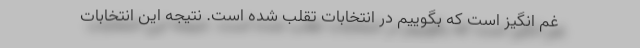
غم انگیز است که بگوییم در انتخابات تقلب شده است. نتیجه این انتخابات